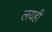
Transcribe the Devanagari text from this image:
लयही